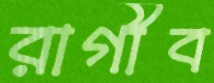
রাগীব